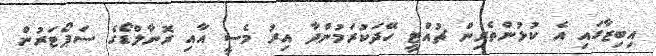
އިބިޒާގައި އެ ކުޅުންތެރިން ޗުއްޓީ ހޭދަކުރަމުންދާ އިރު މެސީ އާއި ރޮނާލްޑޯގެ ސަޕޯޓަރުން